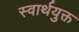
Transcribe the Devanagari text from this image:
स्वार्थयुक्त